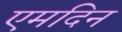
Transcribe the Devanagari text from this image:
एमदिन